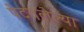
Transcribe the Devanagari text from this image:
पेटवलेल्या